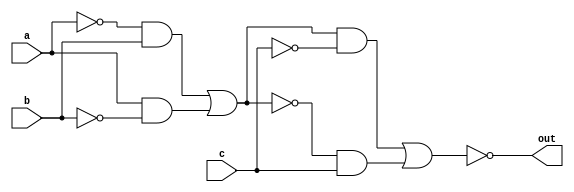
module xnor_gate_3input(a,b,c,out);
    input a;
    input b;
    input c;
    output out;

    assign out = ~((((~a && b) || (a && ~b)) && ~c) || (~((~a && b) || (a && ~b)) && c));
endmodule